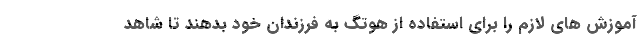
آموزش های لازم را برای استفاده از هوتگ به فرزندان خود بدهند تا شاهد